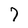
Character: 7